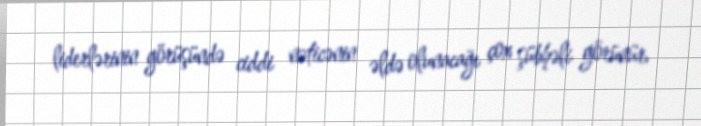
liderlərinin görüşündə ciddi nəticənin əldə olunacağı çox şübhəli görünür.